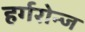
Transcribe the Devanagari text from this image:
हर्गरोन्ज